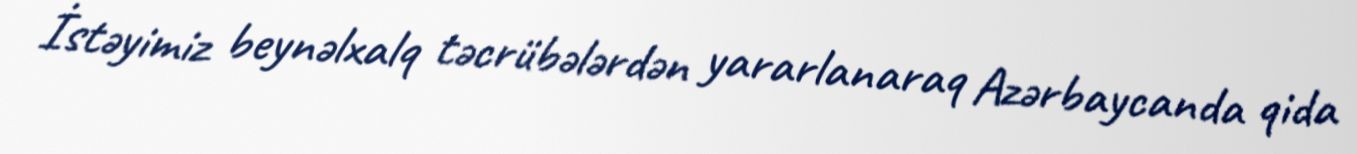
İstəyimiz beynəlxalq təcrübələrdən yararlanaraq Azərbaycanda qida